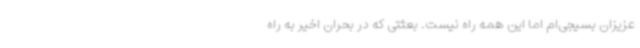
عزیزان بسیجی‌ام اما این همه راه نیست. بعثتی که در بحران اخیر به راه